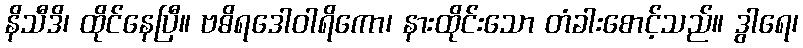
နိသီဒိ၊ ထိုင်နေပြီ။ ဗဓိရဒေါဝါရိကော၊ နားထိုင်းသော တံခါးစောင့်သည်။ ဒွါရေ၊